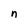
Character: n